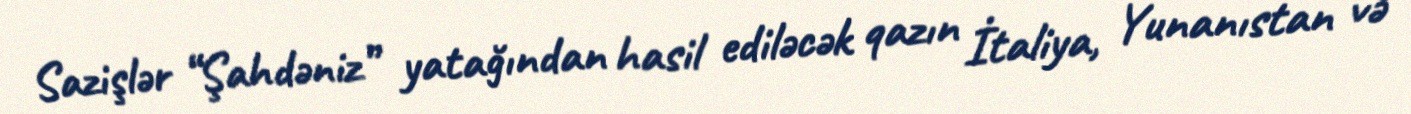
Sazişlər “Şahdəniz” yatağından hasil ediləcək qazın İtaliya, Yunanıstan və